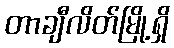
တာချီလိတ်မြို့ရှိ